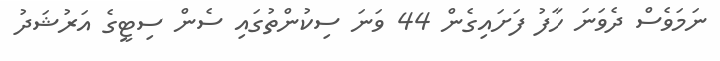
ނަމަވެސް ދެވަނަ ހާފު ފަށައިގެން 44 ވަނަ ސިކުންތުގައި ސެން ސިޓީގެ އަރުޝަދު